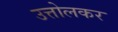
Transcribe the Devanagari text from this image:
उत्तोलकर